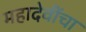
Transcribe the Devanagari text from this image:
महादेवींचा